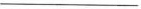
___